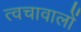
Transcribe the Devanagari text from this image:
त्वचावालों